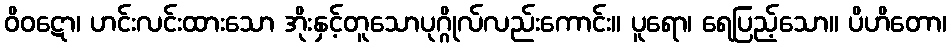
ဝိဝဋော၊ ဟင်းလင်းထားသော အိုးနှင့်တူသောပုဂ္ဂိုလ်လည်းကောင်း။ ပူရော၊ ရေပြည့်သော။ ပိဟိတော၊